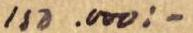
150.000:-